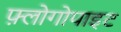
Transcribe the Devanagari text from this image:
फ़्लोगोपाइट